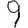
Digit: 9